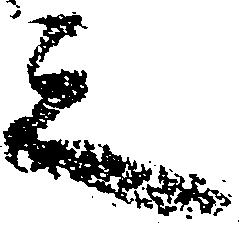
之